Report on vaccination in Madras 1895-1903 - 1895-1903
Year: 1895
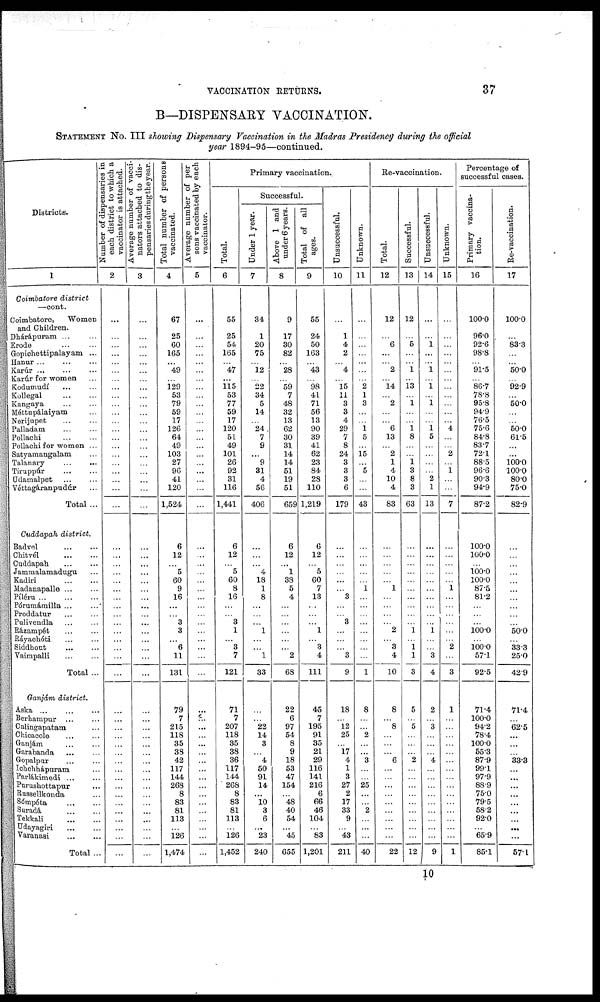
VACCINATION RETURNS.
37
B—DISPENSARY VACCINATION.
STATEMENT No. III showing Dispensary Vaccination in the Madras Presidency during the official
year 1894-95—continued.
Districts.
1
Coimbatore district
—cont.
Coimbatore,
Women
and Children.
Dhárápuram ... ...
Erode ... ...
Gopichettipalayam ...
Hanur ... ... ...
Karúr
...
...
...
Karúr for women ...
Kodumudí ... ...
Kollegal
...
...
Kangaya ... ...
Méttupálaiyam ...
Nerijupet ... ...
Palladam
...
...
Pollachi ... ...
Pollachi for women ...
Satyamangalam ...
Talanary ... ...
Tiruppúr ... ...
Udamalpet ... ...
Véttagáranpudúr
Total ...
Cuddapah district.
Badvel ... ...
Chitvél
...
...
Cuddapah ... ...
Jammalamadugu ...
Kadiri ... ...
Madanapalle ... ...
Píléru
...
...
...
Pórumámilla ... ...
Proddatur ... ...
Pulivendla ... ...
Rázampét ... ...
Ráyachóti ... ...
Siddhout
...
...
Vaimpalli ... ...
Total ...
Ganjám district.
Aska
...
...
...
Berhampur ... ...
Calingapatam ...
Chicacole ... ...
Ganjám ... ...
Garabanda ... ...
Gopalpur ... ...
Ichchhápuram ...
Parlákimedi
...
...
Purushottapur ...
Russellkonda ...
Sómpéta ... ...
Suradá
...
...
Tekkali
...
...
Udayagiri ... ...
Varanasi ... ...
Total ...
Number of dispensaries in
each district to which a
vaccinator is attached.
2
...
...
...
...
...
...
...
...
...
...
...
...
...
...
...
...
...
...
...
...
...
...
...
...
...
...
...
...
...
...
...
...
...
...
...
...
...
...
...
...
...
...
...
...
...
...
...
... ...
...
...
...
...
Average number of vacci-
nators attached to dis-
pensaries during the year.
3
...
...
...
...
...
...
...
...
...
...
...
...
...
...
...
...
...
...
...
...
...
...
...
...
...
...
...
...
...
...
...
...
...
... ...
...
...
... ...
...
...
...
...
...
...
... ...
... ...
...
...
...
...
Total number of persons
vaccinated.
4
67
25
60
165
... 49
...
129
53
79
59
17
126
64
49
103
27
96
41
120
1,524
6
12
... 5
60
9
16
...
...
3
3
...
6
11
131
79
7
215
118
35
38
42
117
144
268
8
83
81
113
...
126
1,474
Average number of per-
sons vaccinated by each
vaccinator.
5
...
...
...
...
...
...
...
...
...
...
...
...
...
...
...
...
...
...
...
...
...
...
...
...
...
...
...
...
...
...
...
...
...
...
...
...
...
...
...
...
...
...
...
...
...
...
...
... ...
...
...
...
...
Primary vaccination.
Total.
6
55
25
54
165
...
47
...
115
53
77
59
17
120
51
49
101
26
92
31
116
1,441
6
12
... 5
60
8
16
...
...
3
1
...
3
7
121
71
7
207
118
35
38
36
117
144
268
8
83
81
113
...
126
1,452
Successful.
Under 1 year.
7
34
1
20
75
...
12
...
22
34
5
14
...
24
7
9
...
9
31
4
56
406
...
...
... 4
18
1
8
...
...
...
1
...
... 1
33
...
... 22
14
3
... 4
50
91
14
...
10
3
6
...
23
240
Above 1 and
under 6 years.
8
9
17
30
82
...
28
...
59
7
48
32
13
62
30
31
14
14
51
19
51
659
6
12
... 1
38
5
4
...
...
...
...
...
... 2
68
22
6
97
54
8
9
18
53
47
154
...
48
40
54
...
45
655
Total of all
ages.
9
55
24
50
163
...
43
...
98
41
71
56
13
90
39
41
62
23
84
28
110
1,219
6
12
... 5
60
7
13
...
...
...
1
...
3
4
111
45
7
195
91
35
21
29
116
141
216
6
66
46
104
...
83
1,201
Unsuccessful.
10
...
1
4
2
...
4
... 15
11
3
3
4
29
7
8
24
3
3
3
6
179
...
...
...
...
...
... 3
...
...
3
...
...
... 3
9
18
... 12
25
... 17
4
1
3
27
2
17
33
9
...
43
211
Unknown.
11
...
...
...
...
...
...
...
2
1
3
...
...
1 5
...
15
...
5
...
...
43
...
...
...
...
...
1
...
...
...
...
...
...
...
...
1
8
...
...
2
...
... 3
...
... 25
...
... 2
...
...
...
40
Re-vaccination.
Total.
12
12
...
6
...
...
2
...
14
...
2
...
...
6
13
...
2
1
4
10
4
83
...
...
...
...
... 1
...
...
...
...
2
...
3
4
10
8
... 8
...
...
... 6
...
...
...
...
... ...
...
...
...
22
Successful.
13
12
...
5
...
...
1
...
13
...
1
...
...
1
8
...
...
1
3
8
3
63
...
...
...
...
...
...
...
...
...
...
1
...
1
1
3
5
... 5
...
...
... 2
...
...
...
...
... ...
...
...
...
12
Unsuccessful.
14
...
...
1
...
...
1
...
1
...
1
...
...
1 5
...
...
...
...
2
1
13
...
...
...
...
...
...
...
...
...
...
1
...
... 3
4
2
... 3
...
...
... 4
...
...
...
...
... ...
...
...
...
9
Unknown.
15
...
...
...
...
...
...
...
...
...
...
...
...
4
...
...
2
...
1
...
...
7
...
...
...
...
...
1
...
...
...
...
...
...
2
...
3
1
...
...
...
...
...
...
...
...
...
...
... ...
...
...
...
1
Percentage of
successful cases.
Primary vaccina-
tion.
16
100.0
96.0
92.6
98.8
...
91.5
...
86.7
78.8
95.8
94.9
76.5
75.6
84.8
83.7
72.1
88.5
96.6
90.3
94.9
87.2
100.0
100.0
...
100.0
100.0
87.5
81.2
...
...
...
100.0
...
100.0
57.1
92.5
71.4
100.0
94.2
78.4
100.0
55.3
87.9
99.1
97.9
88.9
75.0
79.5
58.2
92.0
...
65.9
85.1
Re-vaccination.
17
100.0
...
83.3
...
...
50.0
...
92.9
...
50.0
...
...
50.0
61.5
...
...
100.0
100.0
80.0
75.0
82.9
...
...
...
...
...
...
...
...
...
...
50.0
...
33.3
25.0
42.9
71.4
... 62.5
...
...
... 33.3
...
...
...
...
... ...
...
...
...
57.1
10